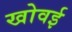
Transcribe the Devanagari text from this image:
खोवई